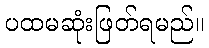
ပထမဆုံးဖြတ်ရမည်။